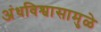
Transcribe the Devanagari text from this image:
अंधविश्वासामुळे